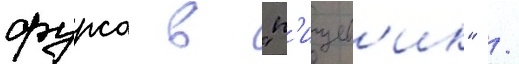
фурса в "п'ищев'ик" /